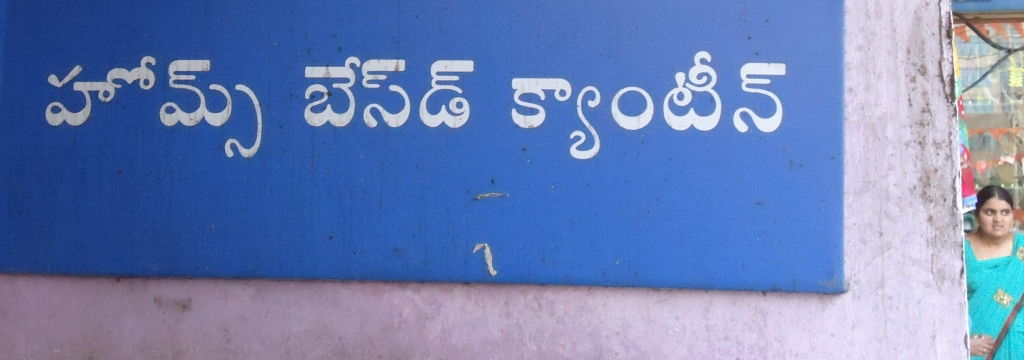
Language: telugu
Transcription: బేస్ డ్ హోమ్స్ క్యాంటీన్